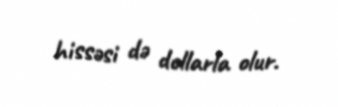
hissəsi də dollarla olur.